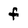
Character: f